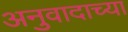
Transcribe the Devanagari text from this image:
अनुवादाच्‍या